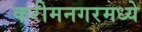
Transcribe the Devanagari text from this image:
करीमनगरमध्ये